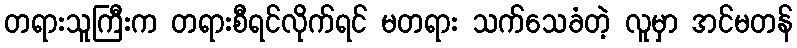
တရားသူကြီးက တရားစီရင်လိုက်ရင် မတရား သက်သေခံတဲ့ လူမှာ အင်မတန်